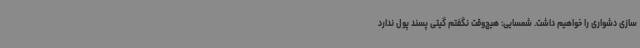
سازی دشواری را خواهیم داشت. شمسایی: هیچ‌وقت نگفتم گیتی پسند پول ندارد